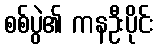
စစ်ပွဲ၏ ကနဦးပိုင်း